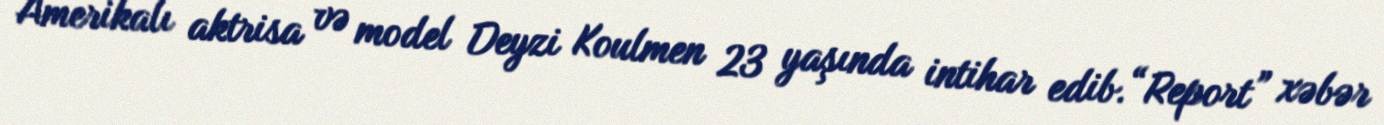
Amerikalı aktrisa və model Deyzi Koulmen 23 yaşında intihar edib.“Report” xəbər